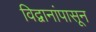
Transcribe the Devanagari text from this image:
विद्वानांपासून